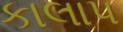
કાલાપ